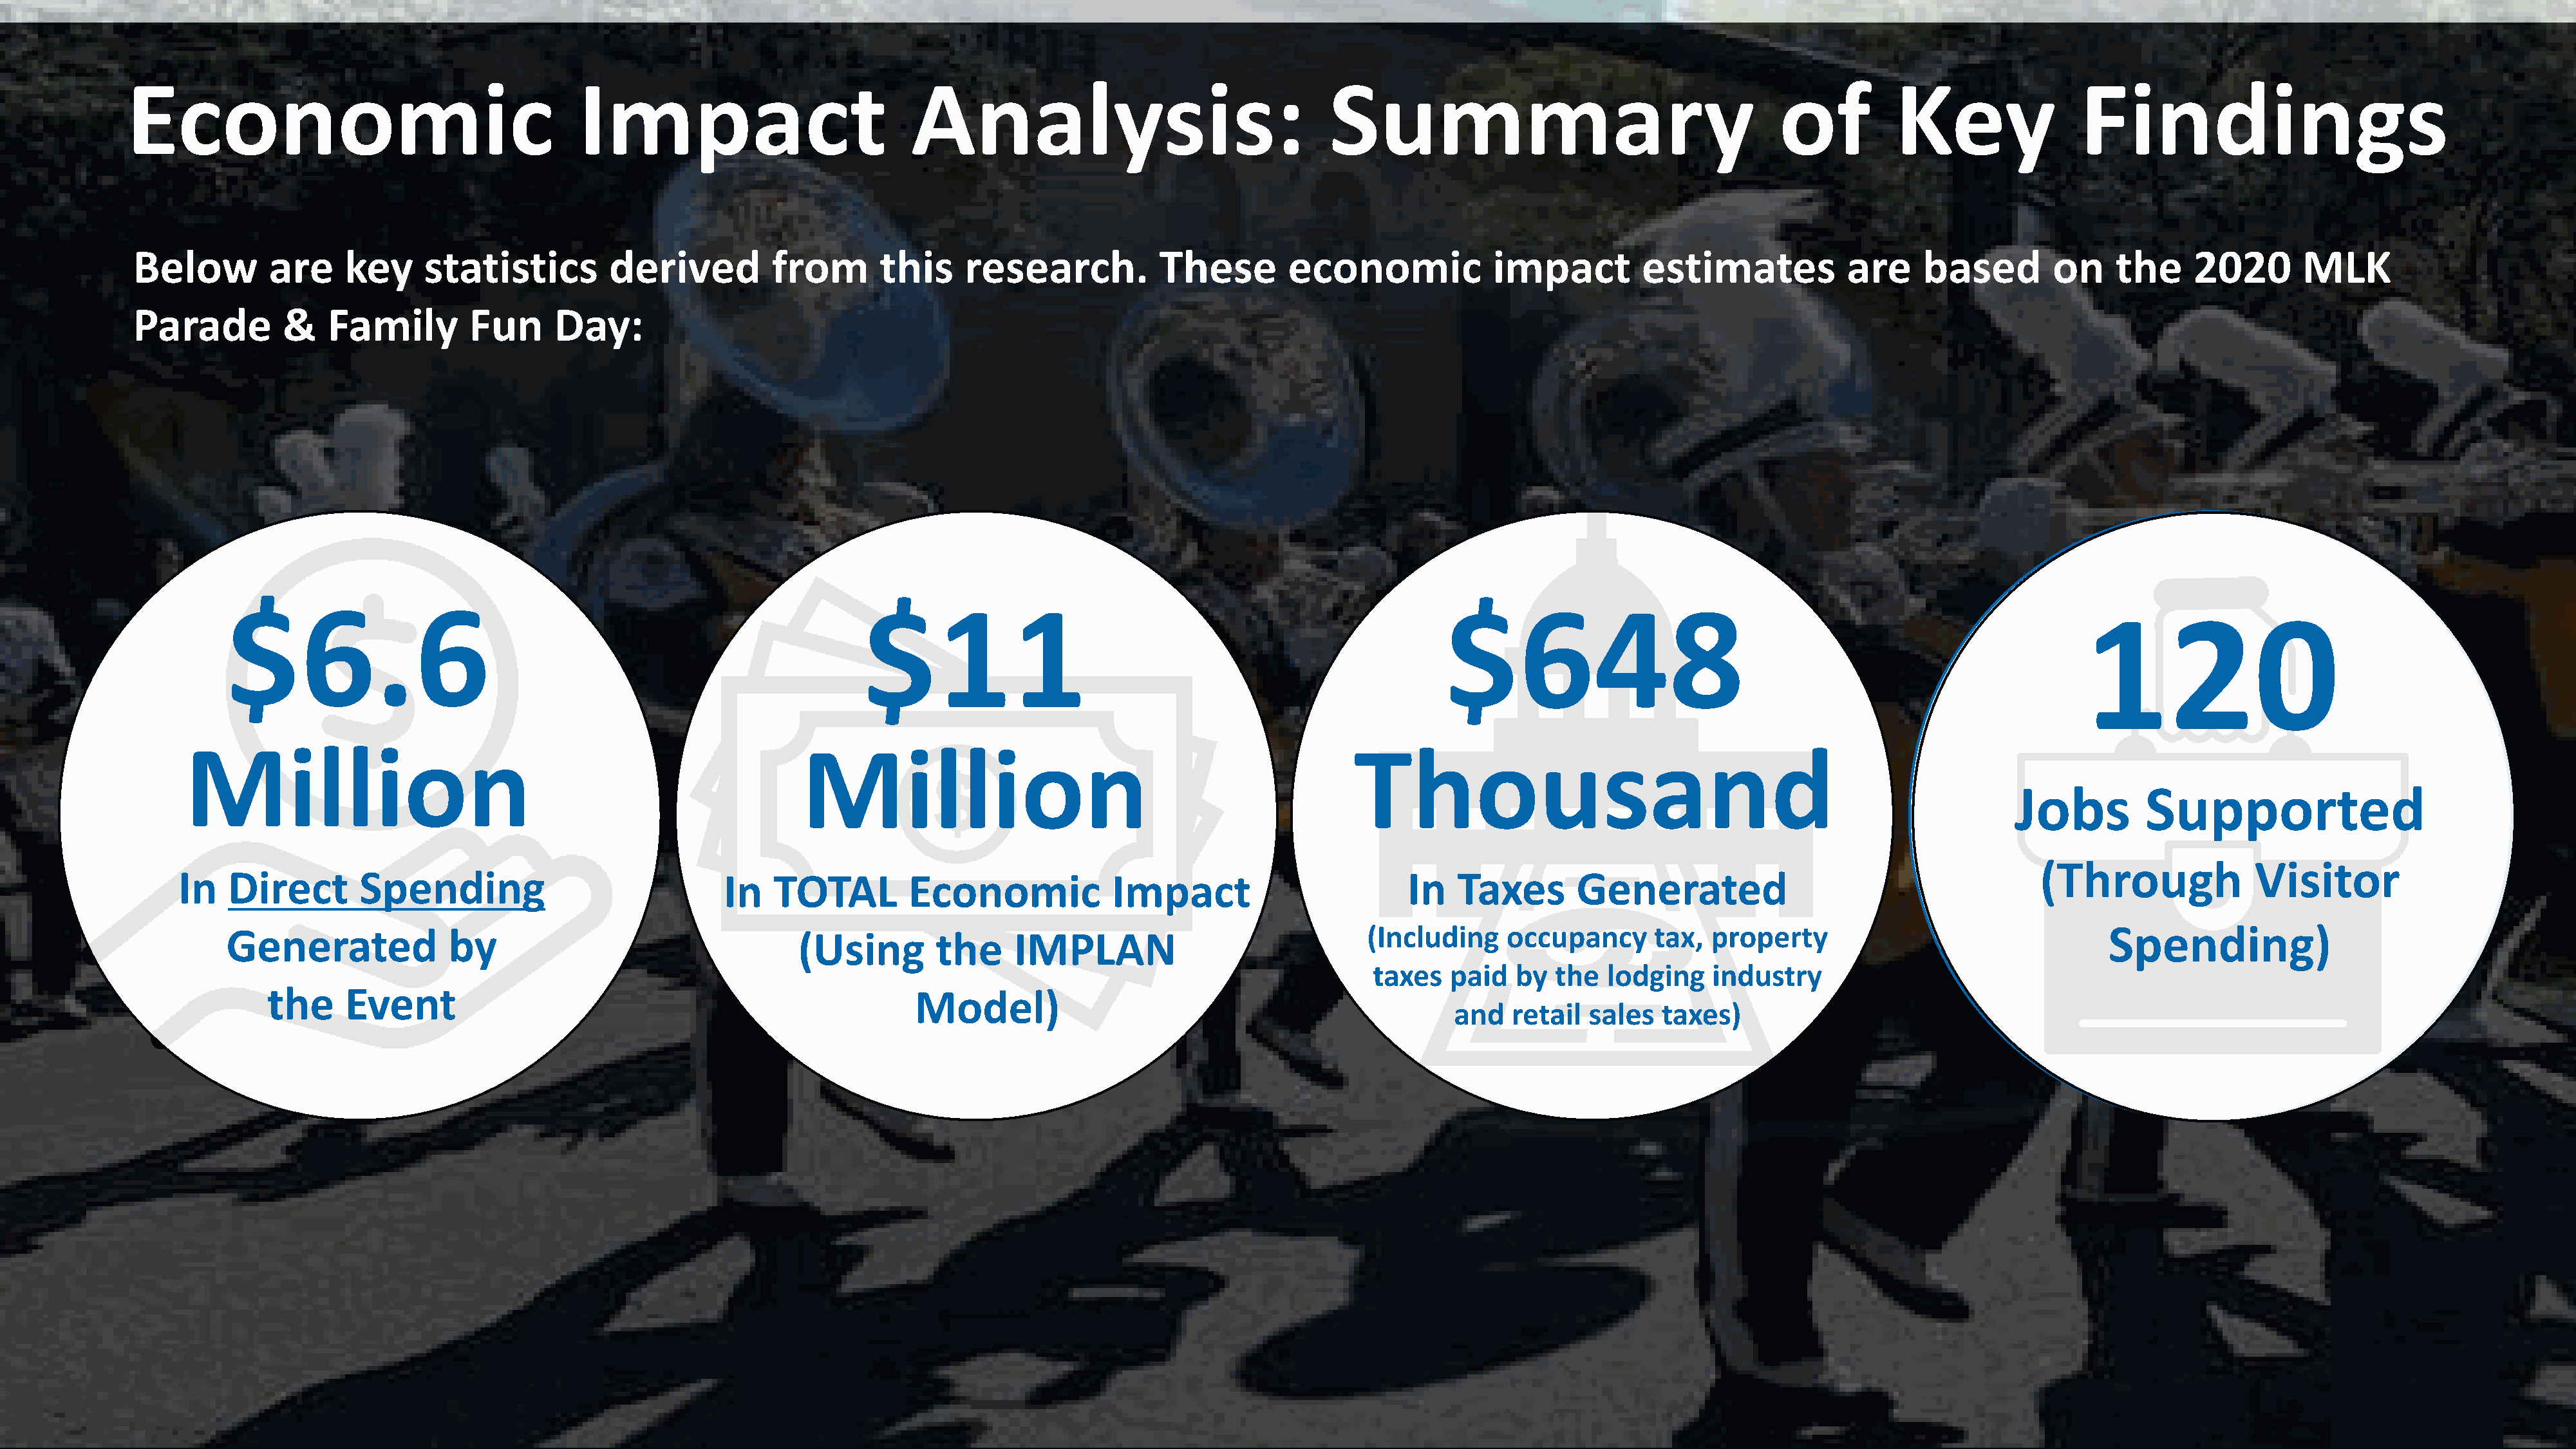
Economic                                      Impact                             Analysis:                                  Summary                                       of          Key                Findings
 Below         are    key      statistics         derived         from       this     research.           These        economic             impact          estimates            are     based        on    the      2020       MLK
 Parade         &    Family        Fun      Day:
 $6.6                                                              $11                                                        $648
 120
 Million                                                        Million                                                  Thousand
 Jobs          Supported
 (Through              Visitor
 In   Direct        Spending                             In    TOTAL        Economic             Impact                         In   Taxes       Generated
 Generated              by                                  (Using        the     IMPLAN                               (Including    occupancy      tax,  property                                 Spending)
 taxes   paid   by  the  lodging    industry
 the     Event                                                      Model)
 and   retail  sales   taxes)